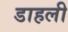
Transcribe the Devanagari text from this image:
डाहली